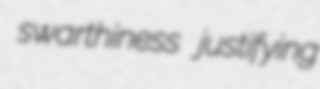
swarthiness justifying